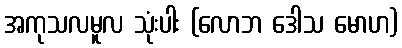
အကုသလမူလ သုံးပါး (လောဘ ဒေါသ မောဟ)